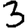
Digit: 3